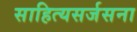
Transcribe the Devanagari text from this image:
साहित्यसर्जसना